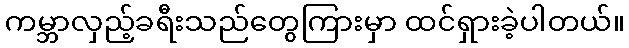
ကမ္ဘာလှည့်ခရီးသည်တွေကြားမှာ ထင်ရှားခဲ့ပါတယ်။